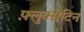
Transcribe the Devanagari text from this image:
फ़्लुक्सेटिन